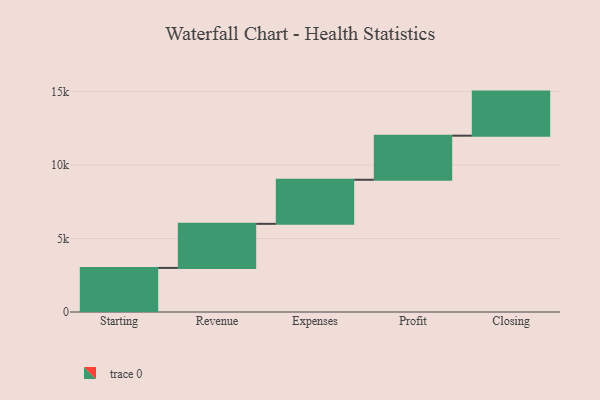
{"axis": {"x": "Step", "y": "Value"}, "legend": [""], "data": [{"x": "Starting", "y": 3000, "type": ""}, {"x": "Revenue", "y": 3000, "type": ""}, {"x": "Expenses", "y": 3000, "type": ""}, {"x": "Profit", "y": 3000, "type": ""}, {"x": "Closing", "y": 3000, "type": ""}]}